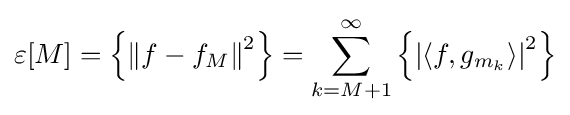
\varepsilon [M]=\left\{\left\|f-f_{M}\right\|^{2}\right\}=\sum _{k=M+1}^{\infty }\left\{\left|\left\langle f,g_{m_{k}}\right\rangle \right|^{2}\right\}